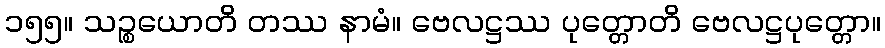
၁၅၅။ သဉ္စယောတိ တဿ နာမံ။ ဗေလဋ္ဌဿ ပုတ္တောတိ ဗေလဋ္ဌပုတ္တော။